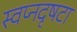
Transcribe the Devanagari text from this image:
स्वप्नदृषटा